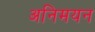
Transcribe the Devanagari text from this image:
अनिमयन